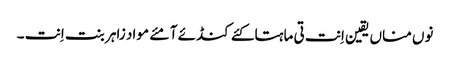
نوں مناں یقین اِنت تی ماہتاکئے کنڈئے آ مئے مواد زاہر بنت اِنت ۔